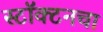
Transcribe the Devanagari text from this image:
स्टॉक्टनचा